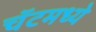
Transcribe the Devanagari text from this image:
चॅटमध्ये